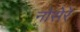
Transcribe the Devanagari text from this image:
नोसेरे